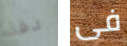
دقة فى